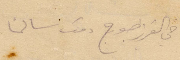
اخي العزيز جورج دمت سالمًا